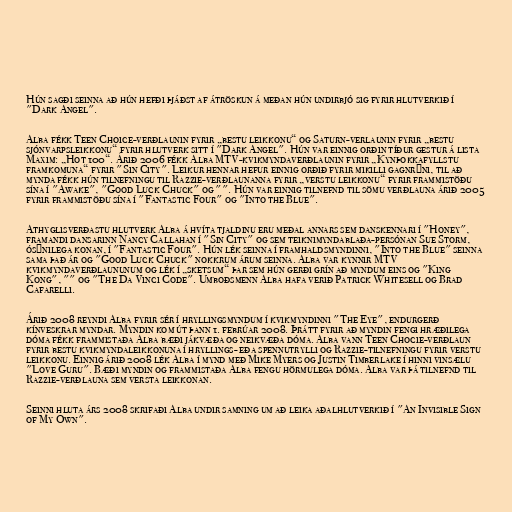
Hún sagði seinna að hún hefði þjáðst af átröskun á meðan hún undirbjó sig fyrir hlutverkið í
"Dark Angel".

Alba fékk Teen Choice-verðlaunin fyrir „bestu leikkonu“ og Saturn-verlaunin fyrir „bestu
sjónvarpsleikkonu“ fyrir hlutverk sitt í "Dark Angel". Hún var einnig orðin tíður gestur á lista
Maxim: „Hot 100“. Árið 2006 fékk Alba MTV-kvikmyndaverðlaunin fyrir „Kynþokkafyllstu
framkomuna“ fyrir "Sin City". Leikur hennar hefur einnig orðið fyrir mikilli gagnrýni, til að
mynda fékk hún tilnefningu til Razzie-verðlaunanna fyrir „verstu leikkonu“ fyrir frammistöðu
sína í "Awake", "Good Luck Chuck" og "". Hún var einnig tilnefnd til sömu verðlauna árið 2005
fyrir frammistöðu sína í "Fantastic Four" og "Into the Blue".

Athyglisverðastu hlutverk Alba á hvíta tjaldinu eru meðal annars sem danskennari í "Honey",
framandi dansarinn Nancy Callahan í "Sin City" og sem teiknimyndablaða-persónan Sue Storm,
ósýnilega konan, í "Fantastic Four". Hún lék seinna í framhaldsmyndinni, "Into the Blue" seinna
sama það ár og "Good Luck Chuck" nokkrum árum seinna. Alba var kynnir MTV
kvikmyndaverðlaununum og lék í „sketsum“ þar sem hún gerði grín að myndum eins og "King
Kong", "" og "The Da Vinci Code". Umboðsmenn Alba hafa verið Patrick Whitesell og Brad
Cafarelli.

Árið 2008 reyndi Alba fyrir sér í hryllingsmyndum í kvikmyndinni "The Eye", endurgerð
kínveskrar myndar. Myndin kom út þann 1. febrúar 2008. Þrátt fyrir að myndin fengi hræðilega
dóma fékk frammistaða Alba bæði jákvæða og neikvæða dóma. Alba vann Teen Chocie-verðlaun
fyrir bestu kvikmyndaleikkonuna í hryllings- eða spennutrylli og Razzie-tilnefningu fyrir verstu
leikkonu. Einnig árið 2008 lék Alba í mynd með Mike Myers og Justin Timberlake í hinni vinsælu
"Love Guru". Bæði myndin og frammistaða Alba fengu hörmulega dóma. Alba var þá tilnefnd til
Razzie-verðlauna sem versta leikkonan.

Seinni hluta árs 2008 skrifaði Alba undir samning um að leika aðalhlutverkið í "An Invisible Sign
of My Own".